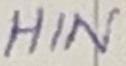
Text: HIN